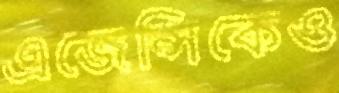
এজেন্সিকেও